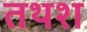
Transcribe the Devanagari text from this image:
तथश